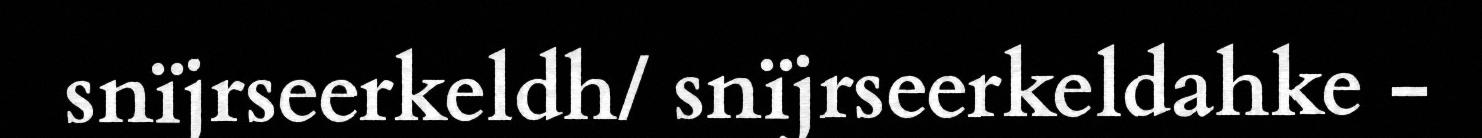
snïjrseerkeldh/ snïjrseerkeldahke -